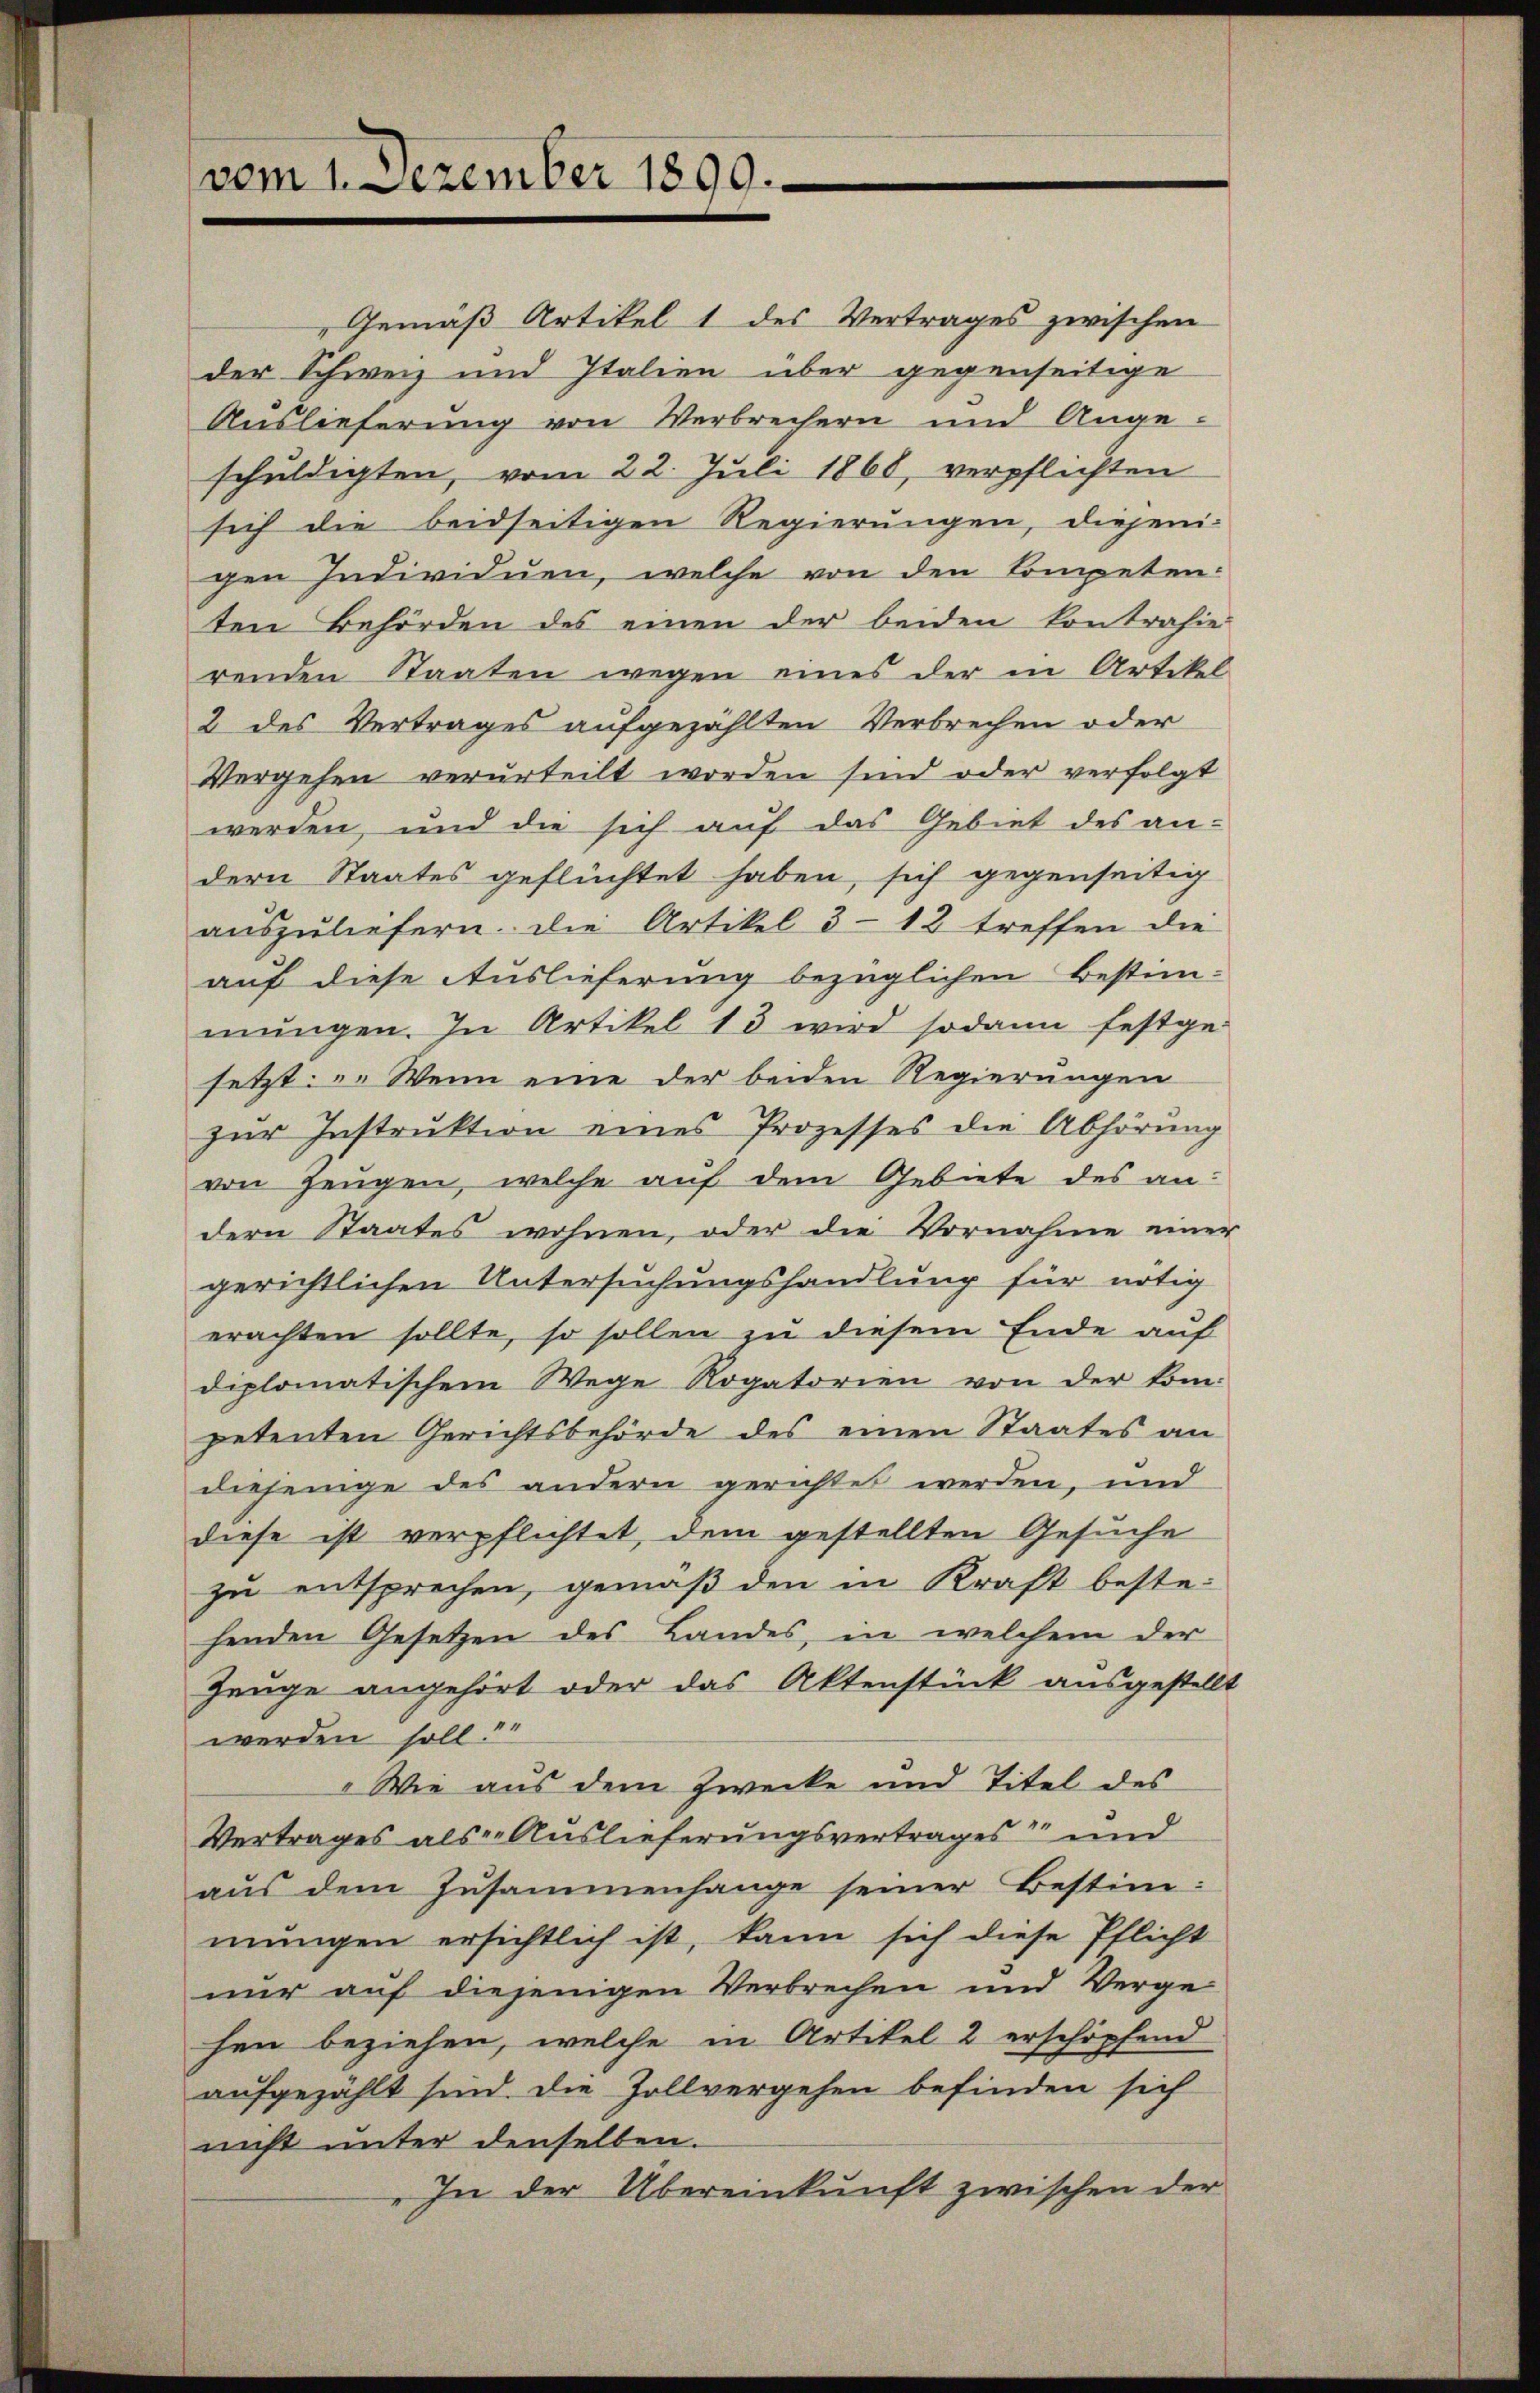
vom 1. Dezember 1890.

"Gemäß Artikel 1 des Vertrages zwischen
der Schweiz und Italien über gegenseitige
Auslieferung von Verbrechern und Ange-
schuldigten, vom 22. Juli 1868, verpflichten
sich die beidseitigen Regierungen, diesen-
gen Individuen, welche von den Competen-
ten Behörden des einen der beiden Kontrahie
renden Staaten wegen eines der in Artikel
2 des Vertrages aufgezählten Verbrechen oder
Vergehen verurteilt worden sind oder verfolgt
werden, und die sich auf das Gebiet des an-
dern Staates geflüchtet haben, sich gegenseitig
auszuliefern. Die Artikel 3-12 treffen die
auf diese Auslieferung bezüglichen Bestim-
mŭngen. In Artikel 13 wird sodann festge-
setzt: „Wenn eine der beiden Regierungen
zur Instruktion eines Prozesses die Abhörung
von Zeugen, welche auf dem Gebiete des andern Staates wohnen, oder die Vornahme einer
gerichtlichen Untersuchungshandlung für nötig
erachten sollte, so sollen zu diesem Ende auf
diplomatischem Wege Rogatorien von der kom-
petenten Gerichtsbehörde des einen Staates an
diejenige des andern gerichtet werden, und
diese ist verpflichtet, dem gestellten Gesuche
zu entsprechen, gemäß den in Kraft bestehenden Gesetzen des Landes, in welchem der
Zeuge angehört oder das Aktenstück ausgestellt
werden soll.“
Wie aus dem Zwecke und Titel des
Vertrages als Auslieferungsvertrages“ und
aus dem Zusammenhange seiner Bestim-
mungen ersichtlich ist, kann sich diese Pflicht
nur auf diejenigen Verbrechen und Verge-
hen beziehen, welche in Artikel 2 erschöpfend
aufgezählt sind die Zollvergehen befinden sich
nicht unter denselben.
In der Übereinkunft zwischen der